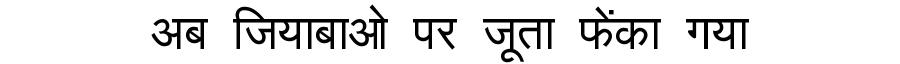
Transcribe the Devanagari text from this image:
अब जियाबाओ पर जूता फेंका गया